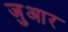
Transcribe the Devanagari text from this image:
जुआर